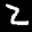
Label: 2